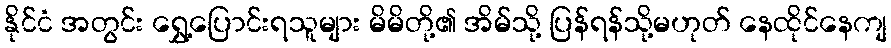
နိုင်ငံ အတွင်း ရွှေ့ပြောင်းရသူများ မိမိတို့၏ အိမ်သို့ ပြန်ရန်သို့မဟုတ် နေထိုင်နေကျ